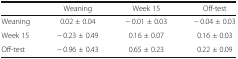
<table><thead><tr><td></td><td><b>Weaning</b></td><td><b>Week 15</b></td><td><b>Off-test</b></td></tr></thead><tbody><tr><td>Weaning</td><td>0.02 ± 0.04</td><td>− 0.01 ± 0.03</td><td>− 0.04 ± 0.03</td></tr><tr><td>Week 15</td><td>− 0.23 ± 0.49</td><td>0.16 ± 0.07</td><td>0.16 ± 0.03</td></tr><tr><td>Off-test</td><td>− 0.96 ± 0.43</td><td>0.65 ± 0.23</td><td>0.22 ± 0.09</td></tr></tbody></table>